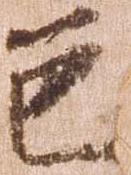
色